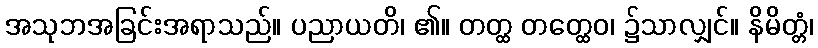
အသုဘအခြင်းအရာသည်။ ပညာယတိ၊ ၏။ တတ္ထ တတ္ထေဝ၊ ၌သာလျှင်။ နိမိတ္တံ၊